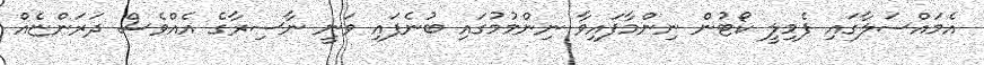
އެމައްސަލާގައި ފެމިލީ ކޯޓުން ނިންމާފައިވާ ނިންމުމުގައި ބުނެފައި ވަނީ ނާސިރާގެ އެއްވެސް ދަރަންޏެއް